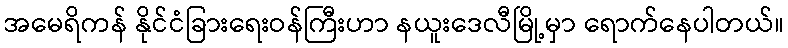
အမေရိကန် နိုင်ငံခြားရေးဝန်ကြီးဟာ နယူးဒေလီမြို့မှာ ရောက်နေပါတယ်။